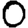
Digit: 0